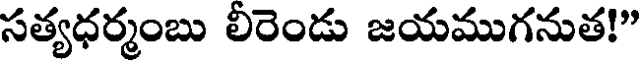
సత్యధర్మంబు లీరెండు జయముగనుత!"